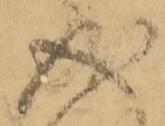
成